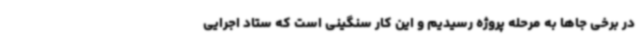
در برخی جاها به مرحله پروژه رسیدیم و این کار سنگینی است که ستاد اجرایی